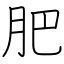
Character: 肥